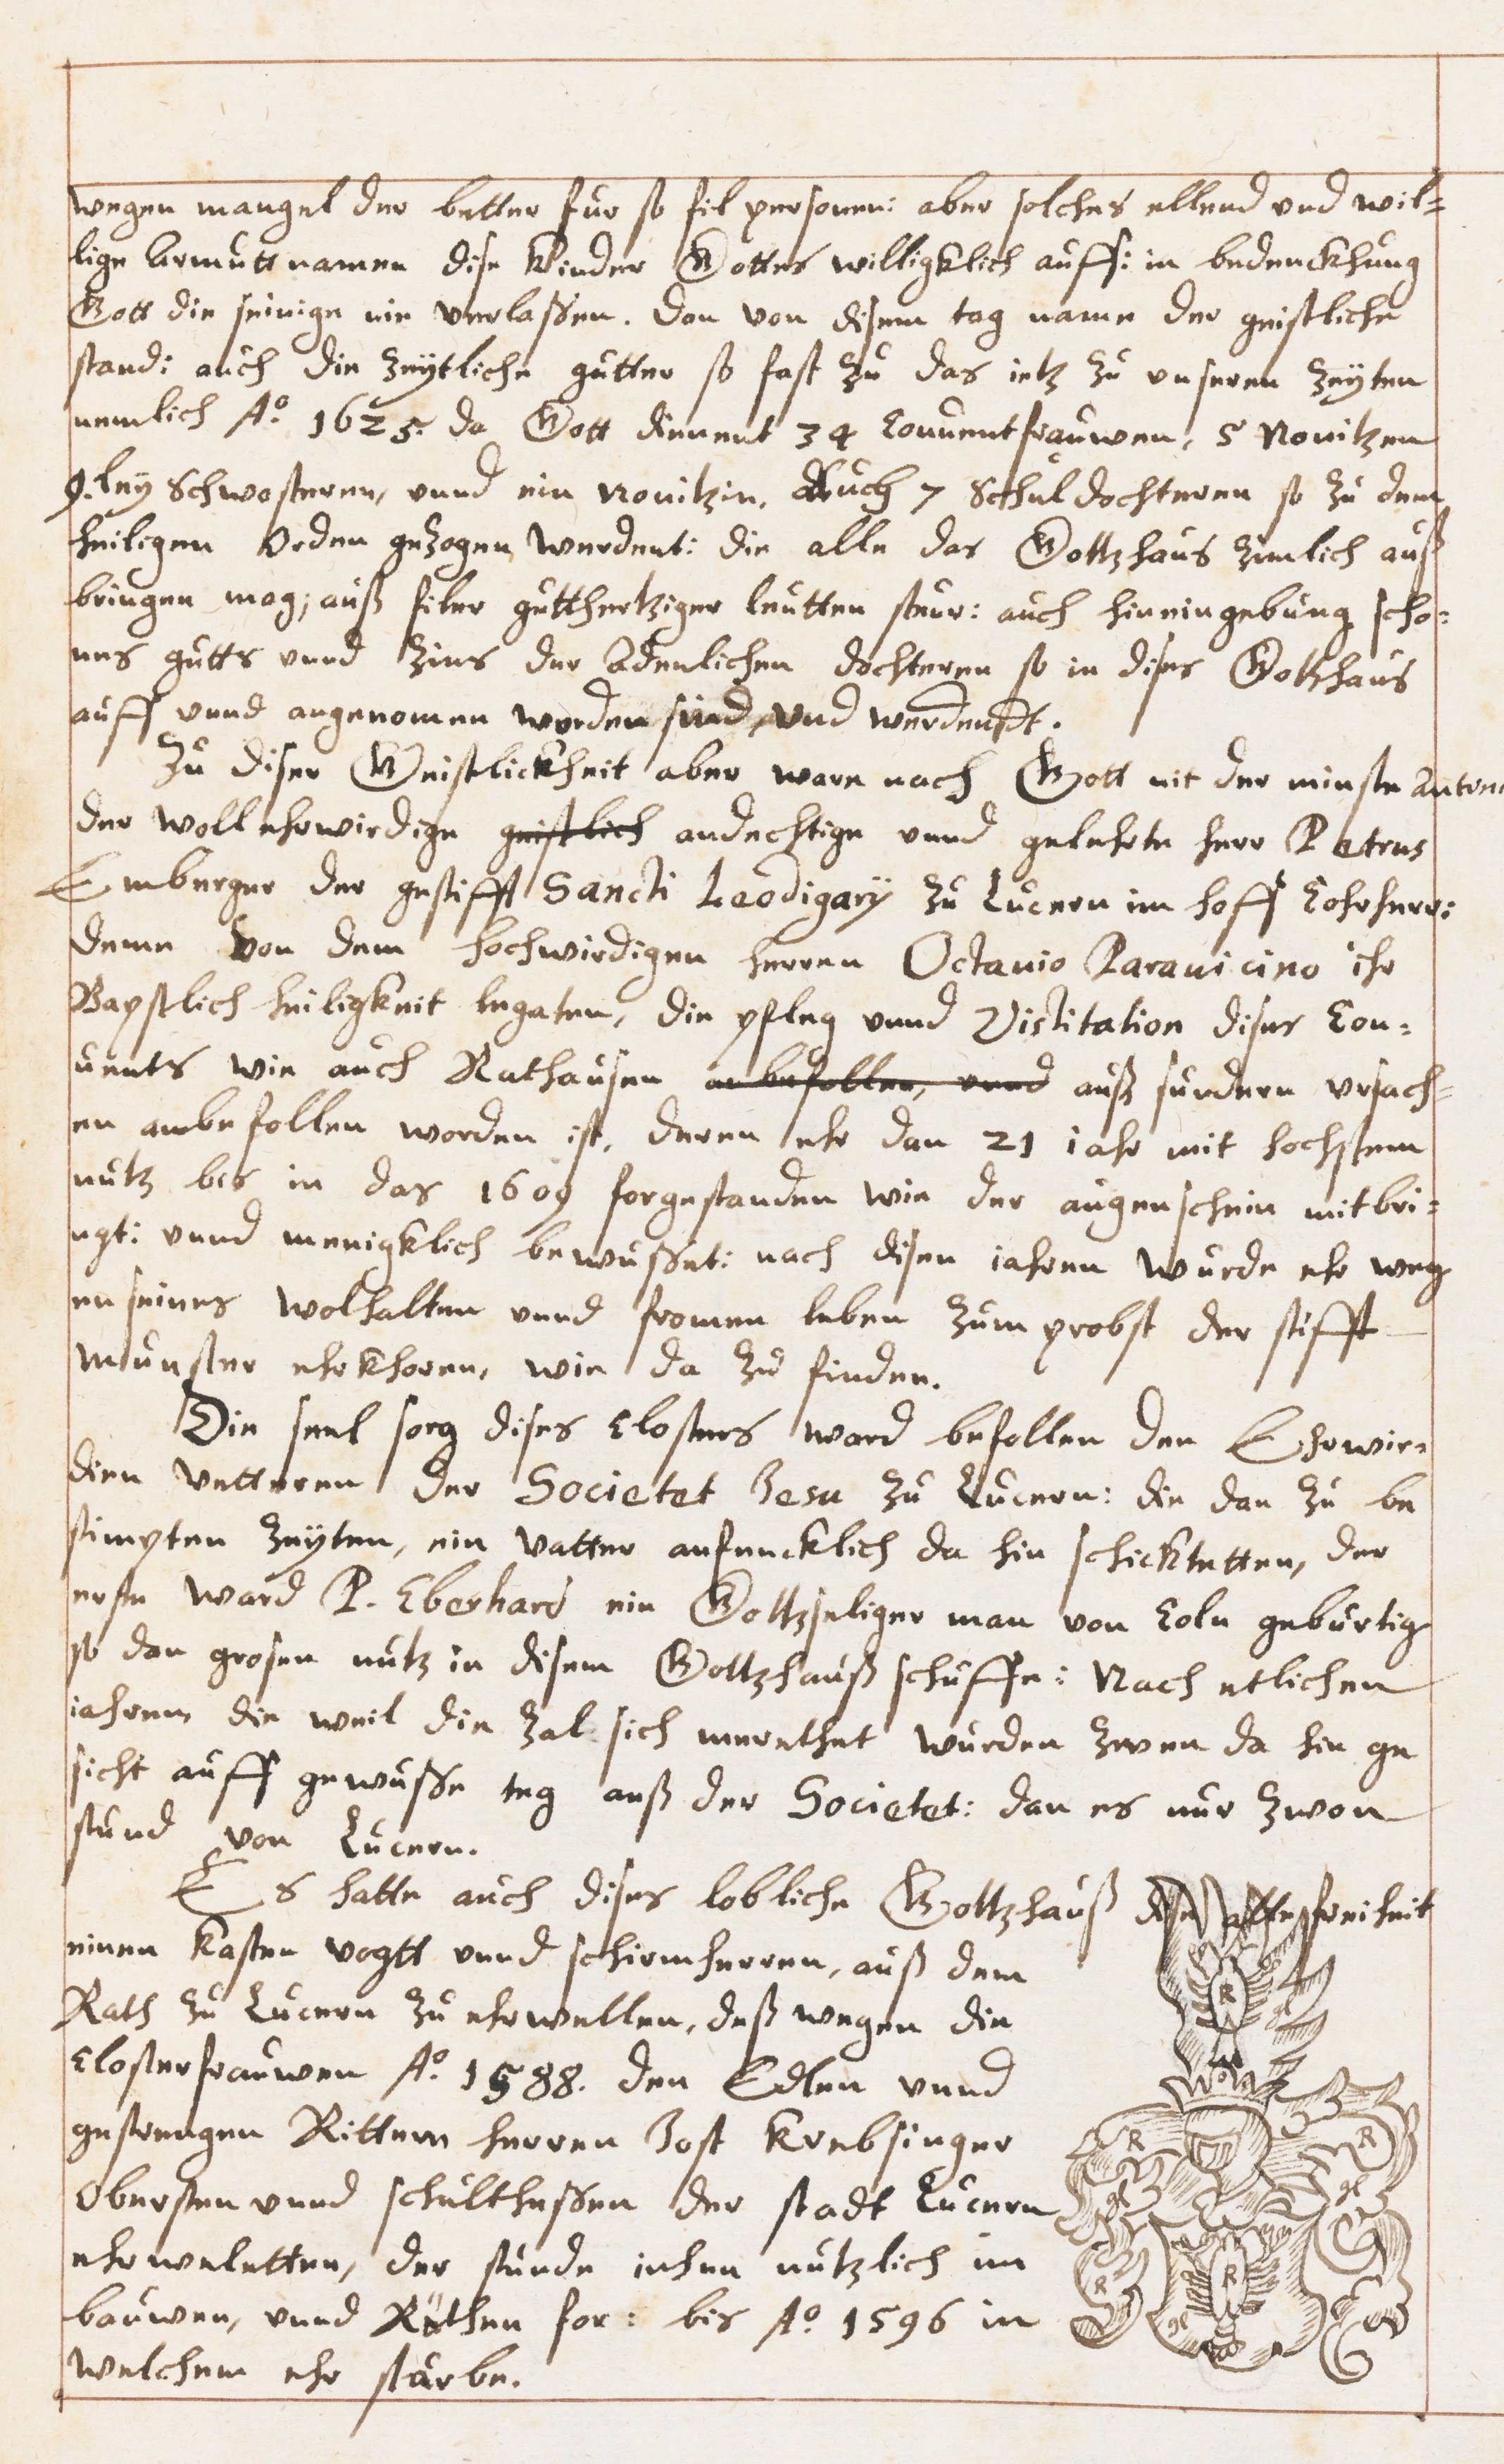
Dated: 1629–1659